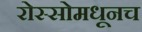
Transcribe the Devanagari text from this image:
रोस्सोमधूनच